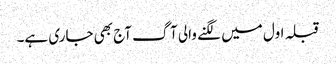
قبلہ اول میں لگنے والی آگ آج بھی جاری ہے۔